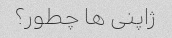
ژاپنی ها چطور؟